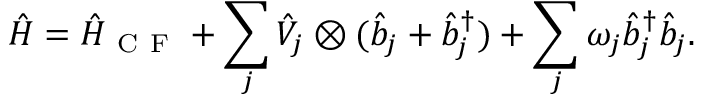
\hat { H } = \hat { H } _ { \mathrm { ~ C ~ F ~ } } + \sum _ { j } \hat { V } _ { j } \otimes ( \hat { b } _ { j } + \hat { b } _ { j } ^ { \dagger } ) + \sum _ { j } \omega _ { j } \hat { b } _ { j } ^ { \dagger } \hat { b } _ { j } .